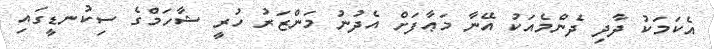
އެކަމަކު ދާދި ދެންމެއަކު އޭނާ މަޢާފަށް އެދުނު މަންޒަރު ހުރީ ޝާހަމްގެ ސިކުނޑީގައި